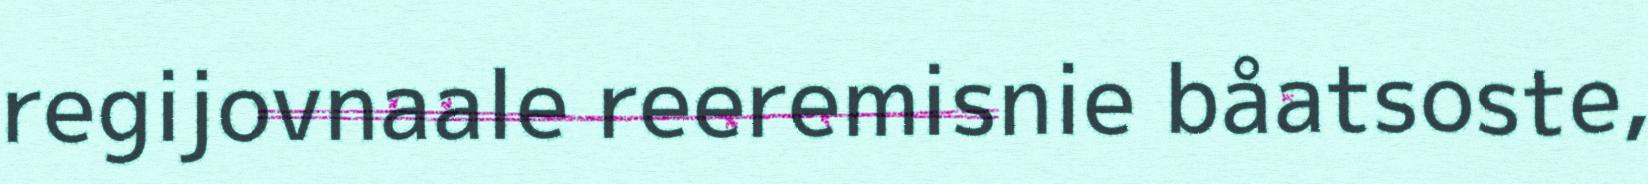
regijovnaale reeremisnie båatsoste,